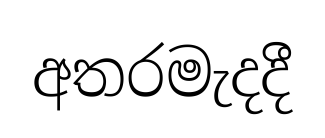
අතරමැදදී